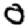
Digit: 0